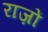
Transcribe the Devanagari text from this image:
राज़ों